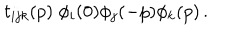
t _ { i j k } ( p ) \; \phi _ { i } ( 0 ) \phi _ { j } ( - p ) \phi _ { k } ( p ) \, .